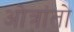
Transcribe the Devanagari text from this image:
ओत्रांतो